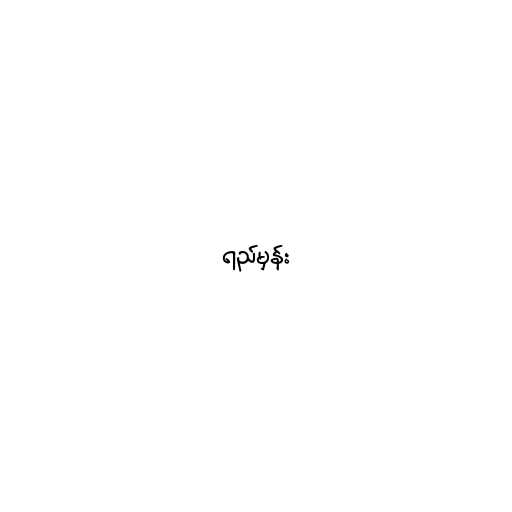
ရည်မှန်း